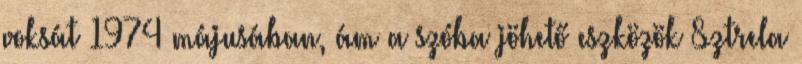
voksát 1974 májusában, ám a szóba jöhető eszközök Sztrela